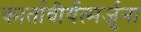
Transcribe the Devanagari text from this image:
कार्तावीर्यत्मर्जुना